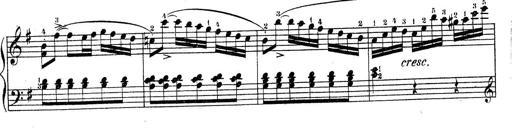
Title: Piano Sonatine No.2
Composer: Peter Piel
Key: G major